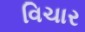
વિચાર